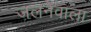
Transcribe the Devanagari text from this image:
जलनेवाला